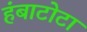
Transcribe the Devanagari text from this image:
हंबाटोटा